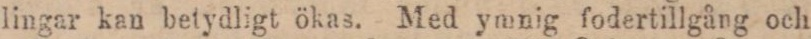
lingar kan betydligt ökas. Med ymnig fodertillgång och